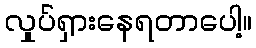
လှုပ်ရှားနေရတာပေါ့။